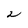
Character: 2